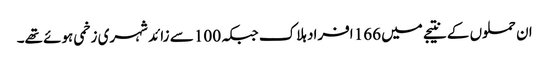
ان حملوں کے نتیجے میں 166 افراد ہلاک جبکہ 100 سے زائد شہری زخمی ہوئے تھے۔